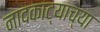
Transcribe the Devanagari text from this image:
नादकाट्याच्या